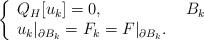
LaTeX: \begin{align*}\left\{\begin{array}[c]{ll}Q_H[u_{k}]=0, & \ B_{k}\\u_{k}|_{\partial B_{k}}=F_{k}=F|_{\partial B_{k}}. &\end{array}\right. \end{align*}